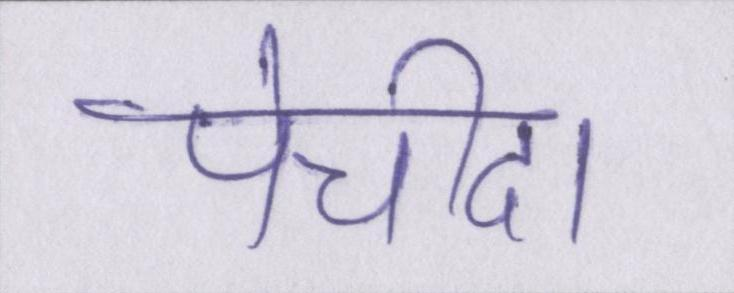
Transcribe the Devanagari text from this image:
पेचीदा